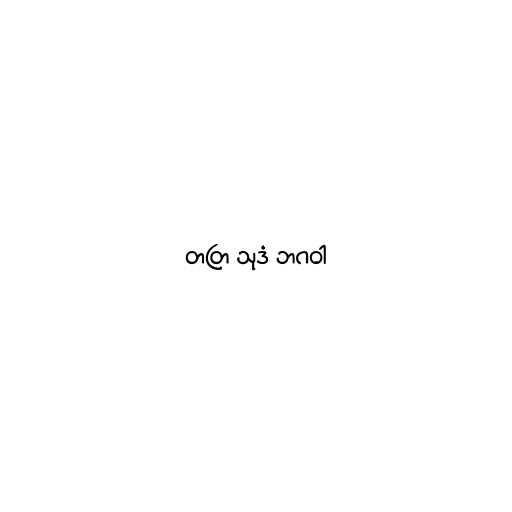
တတြ သုဒံ ဘဂဝါ